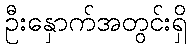
ဦးနှောက်အတွင်းရှိ